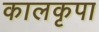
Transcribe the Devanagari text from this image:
कालकृपा